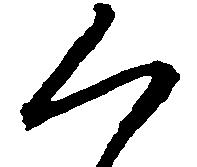
く